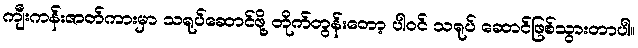
ကျီးကန်းဇာတ်ကားမှာ သရုပ်ဆောင်ဖို့ တိုက်တွန်းတော့ ပါဝင် သရုပ် ဆောင်ဖြစ်သွားတာပါ။